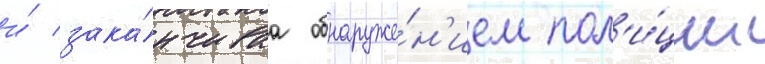
и́ зака́нчиваа обнаруже́н'ием пол'и́ции